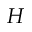
H